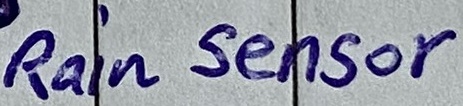
Text: Rain Sensor